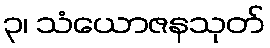
၃၊ သံယောဇနသုတ်